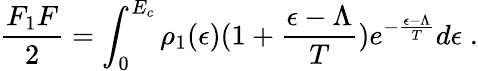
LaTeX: {\frac{F_{1}F}{2}}=\int_{0}^{E_{c}}\rho_{1}(\epsilon)(1+{\frac{\epsilon-\Lambda}{T}})e^{-{\frac{\epsilon-\Lambda}{T}}}d\epsilon\; .